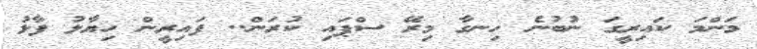
މަންމަ ކައިރީގަ ނުބުނެ ހިނގާ މިރޭ ސްޕައި ކުރަން.. ފައިރީން ހިޔާލު ފާޅު